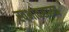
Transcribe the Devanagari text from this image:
स्वभावसाम्य